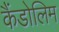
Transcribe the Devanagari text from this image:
कैंडोलिम